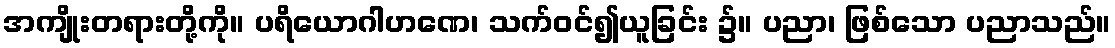
အကျိုးတရားတို့ကို။ ပရိယောဂါဟဏေ၊ သက်ဝင်၍ယူခြင်း ၌။ ပညာ၊ ဖြစ်သော ပညာသည်။